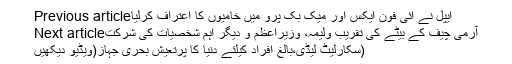
Previous articleایپل نے آئی فون ایکس اور میک بک پرو میں خامیوں کا اعتراف کرلیا
Next articleآرمی چیف کے بیٹے کی تقریب ولیمہ، وزیراعظم و دیگر اہم شخصیات کی شرکت
سکارلیٹ لیڈی،بالغ افراد کیلئے دنیا کا پرتعیش بحری جہاز(ویڈیو دیکھیں)